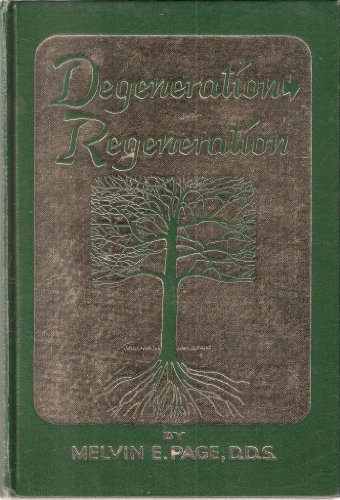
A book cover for Degeneration Regeneration; Melvin E. Page D.D.S.; Medical Books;